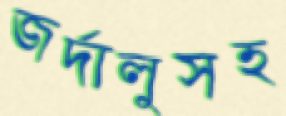
জর্দালুসহ